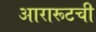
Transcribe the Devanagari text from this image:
आरारूटची